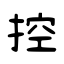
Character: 控